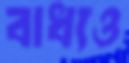
বাধ্যও